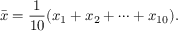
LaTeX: { \bar { x } } = { \frac { 1 } { 1 0 } } ( x _ { 1 } + x _ { 2 } + \cdots + x _ { 1 0 } ) .